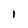
Character: l